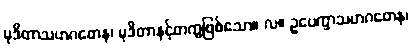
မုဒိတာသဟဂတေန၊ မုဒိတာနှင့်တကွဖြစ်သော။ လ။ ဥပေက္ခာသဟဂတေန၊